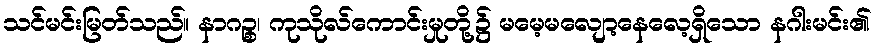
သင်မင်းမြတ်သည်။ နာဂဉ္စ၊ ကုသိုလ်ကောင်းမှုတို့၌ မမေ့မလျော့နေလေ့ရှိသော နဂါးမင်း၏